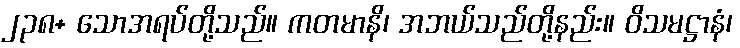
၂၃၈+ သောအရပ်တို့သည်။ ကတမာနိ၊ အဘယ်သည်တို့နည်း။ ဝိသမဋ္ဌာနံ၊